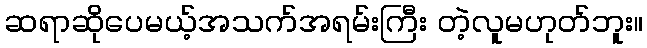
ဆရာဆိုပေမယ့်အသက်အရမ်းကြီး တဲ့လူမဟုတ်ဘူး။